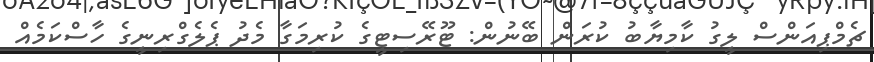
ޗެމްޕިއަންސް ލީގު ކާމިޔާބު ކުރަން ބޭނުން: ޓޫރޭސިޓީގެ ކުރިމަގާ މެދު ޕެލެގްރިނީގެ ހާސްކަމެއް